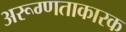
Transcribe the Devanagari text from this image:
अरूग्णताकारक